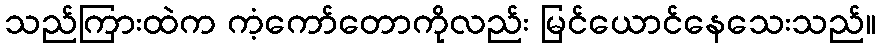
သည်ကြားထဲက ကံ့ကော်တောကိုလည်း မြင်ယောင်နေသေးသည်။